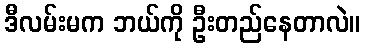
ဒီလမ်းမက ဘယ်ကို ဦးတည်နေတာလဲ။